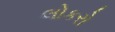
લોકરો